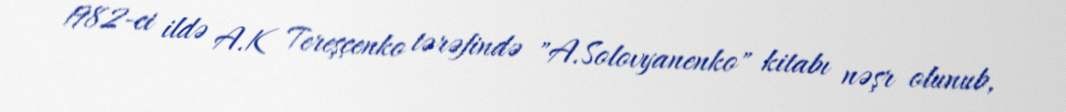
1982-ci ildə A.K Tereşçenko tərəfində "A.Solovyanenko" kitabı nəşr olunub,